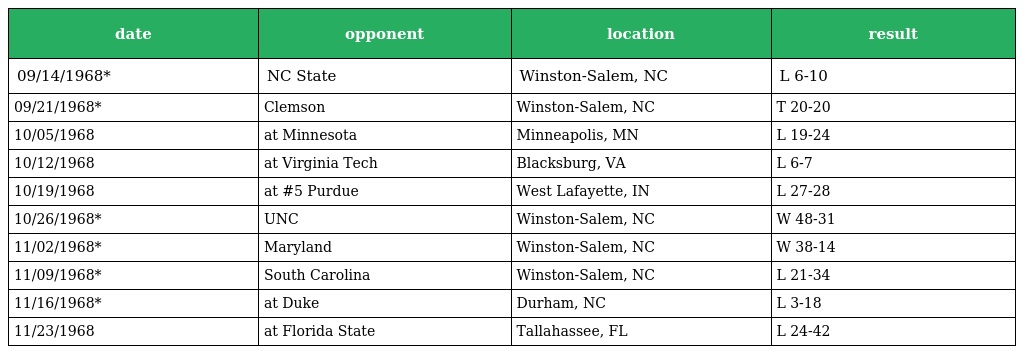
| date | opponent | location | result |
 | --- | --- | --- | --- |
 | 09/14/1968* | NC State | Winston-Salem, NC | L 6-10 |
 | 09/21/1968* | Clemson | Winston-Salem, NC | T 20-20 |
 | 10/05/1968 | at Minnesota | Minneapolis, MN | L 19-24 |
 | 10/12/1968 | at Virginia Tech | Blacksburg, VA | L 6-7 |
 | 10/19/1968 | at #5 Purdue | West Lafayette, IN | L 27-28 |
 | 10/26/1968* | UNC | Winston-Salem, NC | W 48-31 |
 | 11/02/1968* | Maryland | Winston-Salem, NC | W 38-14 |
 | 11/09/1968* | South Carolina | Winston-Salem, NC | L 21-34 |
 | 11/16/1968* | at Duke | Durham, NC | L 3-18 |
 | 11/23/1968 | at Florida State | Tallahassee, FL | L 24-42 |